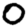
Digit: 0